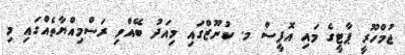
ޖުމްހޫރީ ޕާޓީގެ މައި އޮފީސް މ. ކުނޫޒްގައި މިއަދު ބޭއްވި ރަސްމިއްޔާތެއްގައި މި